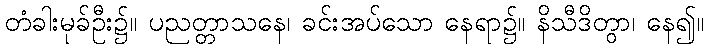
တံခါးမုခ်ဦး၌။ ပညတ္တာသနေ၊ ခင်းအပ်သော နေရာ၌။ နိသီဒိတွာ၊ နေ၍။